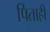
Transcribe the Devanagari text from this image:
पिताही